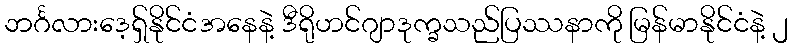
ဘင်္ဂလားဒေ့ရှ်နိုင်ငံအနေနဲ့ ဒီရိုဟင်ဂျာဒုက္ခသည်ပြဿနာကို မြန်မာနိုင်ငံနဲ့ ၂